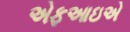
એફઆઇએ